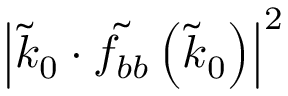
\left| \tilde { k } _ { 0 } \cdot \tilde { f _ { b b } } \left( \tilde { k } _ { 0 } \right) \right| ^ { 2 }